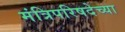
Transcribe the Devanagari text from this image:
मंत्रिपरिषदेच्या